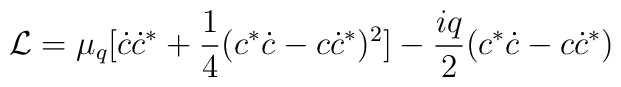
{\cal L}=\mu_q [\dot c\dot c^*+ \frac{1}{4} (c^*\dot c-c\dot c^*)^2]-\frac{iq}{2} (c^*\dot c-c\dot c^*)